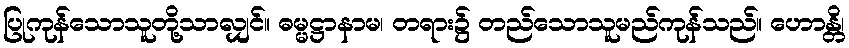
ပြုကုန်သောသူတို့သာလျှင်။ ဓမ္မဋ္ဌာနာမ၊ တရား၌ တည်သောသူမည်ကုန်သည်။ ဟောန္တိ၊